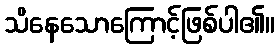
သိနေသောကြောင့်ဖြစ်ပါ၏။